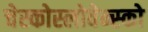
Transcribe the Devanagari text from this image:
चेस्कोस्लोवेन्स्को